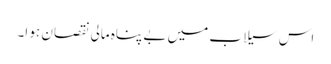
اس سیلاب میں بے پناہ مالی نقصان ہو ا۔